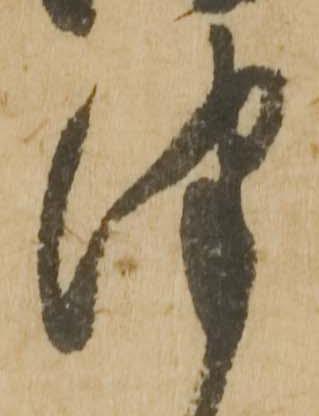
津